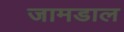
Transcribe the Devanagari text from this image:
जामडाल